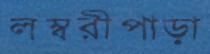
লম্বরীপাড়া